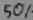
Text: 50%